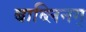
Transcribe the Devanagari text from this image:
बाब्लिनग्